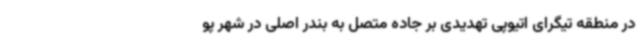
در منطقه تیگرای اتیوپی تهدیدی بر جاده متصل به بندر اصلی در شهر پو